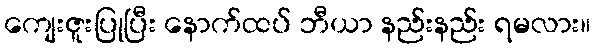
ကျေးဇူးပြုပြီး နောက်ထပ် ဘီယာ နည်းနည်း ရမလား။